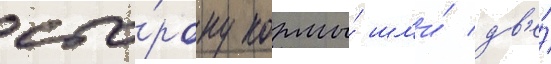
сто́рону кормы́ шл'и́ дв'е́